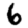
Digit: 6